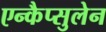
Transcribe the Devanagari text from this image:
एन्कैप्सुलेन